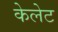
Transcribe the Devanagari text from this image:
केलेट